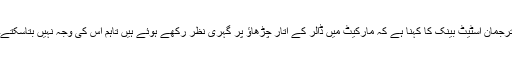
ترجمان اسٹیٹ بینک کا کہنا ہے کہ مارکیٹ میں ڈالر کے اتار چڑھاؤ پر گہری نظر رکھے ہوئے ہیں تاہم اس کی وجہ نہیں بتاسکتے۔